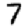
Digit: 7